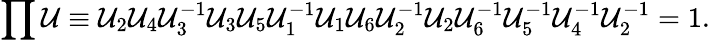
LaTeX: \prod\mathcal{U}\equiv\mathcal{U}_{2}\mathcal{U}_{4}\mathcal{U}_{3}^{-1}\mathcal{U}_{3}\mathcal{U}_{5}\mathcal{U}_{1}^{-1}\mathcal{U}_{1}\mathcal{U}_{6}\mathcal{U}_{2}^{-1}\mathcal{U}_{2}\mathcal{U}_{6}^{-1}\mathcal{U}_{5}^{-1}\mathcal{U}_{4}^{-1}\mathcal{U}_{2}^{-1}=1.